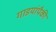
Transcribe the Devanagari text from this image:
गाडयांपैकी